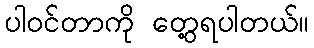
ပါဝင်တာကို တွေ့ရပါတယ်။